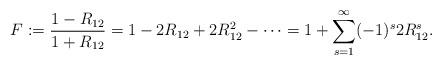
LaTeX: \begin{align*}F:=\frac{1-R_{12}}{1+R_{12}} = 1 - 2R_{12} + 2R_{12}^2 - \cdots = 1 + \sum_{s=1}^{\infty} (-1)^s 2 R_{12}^s.\end{align*}